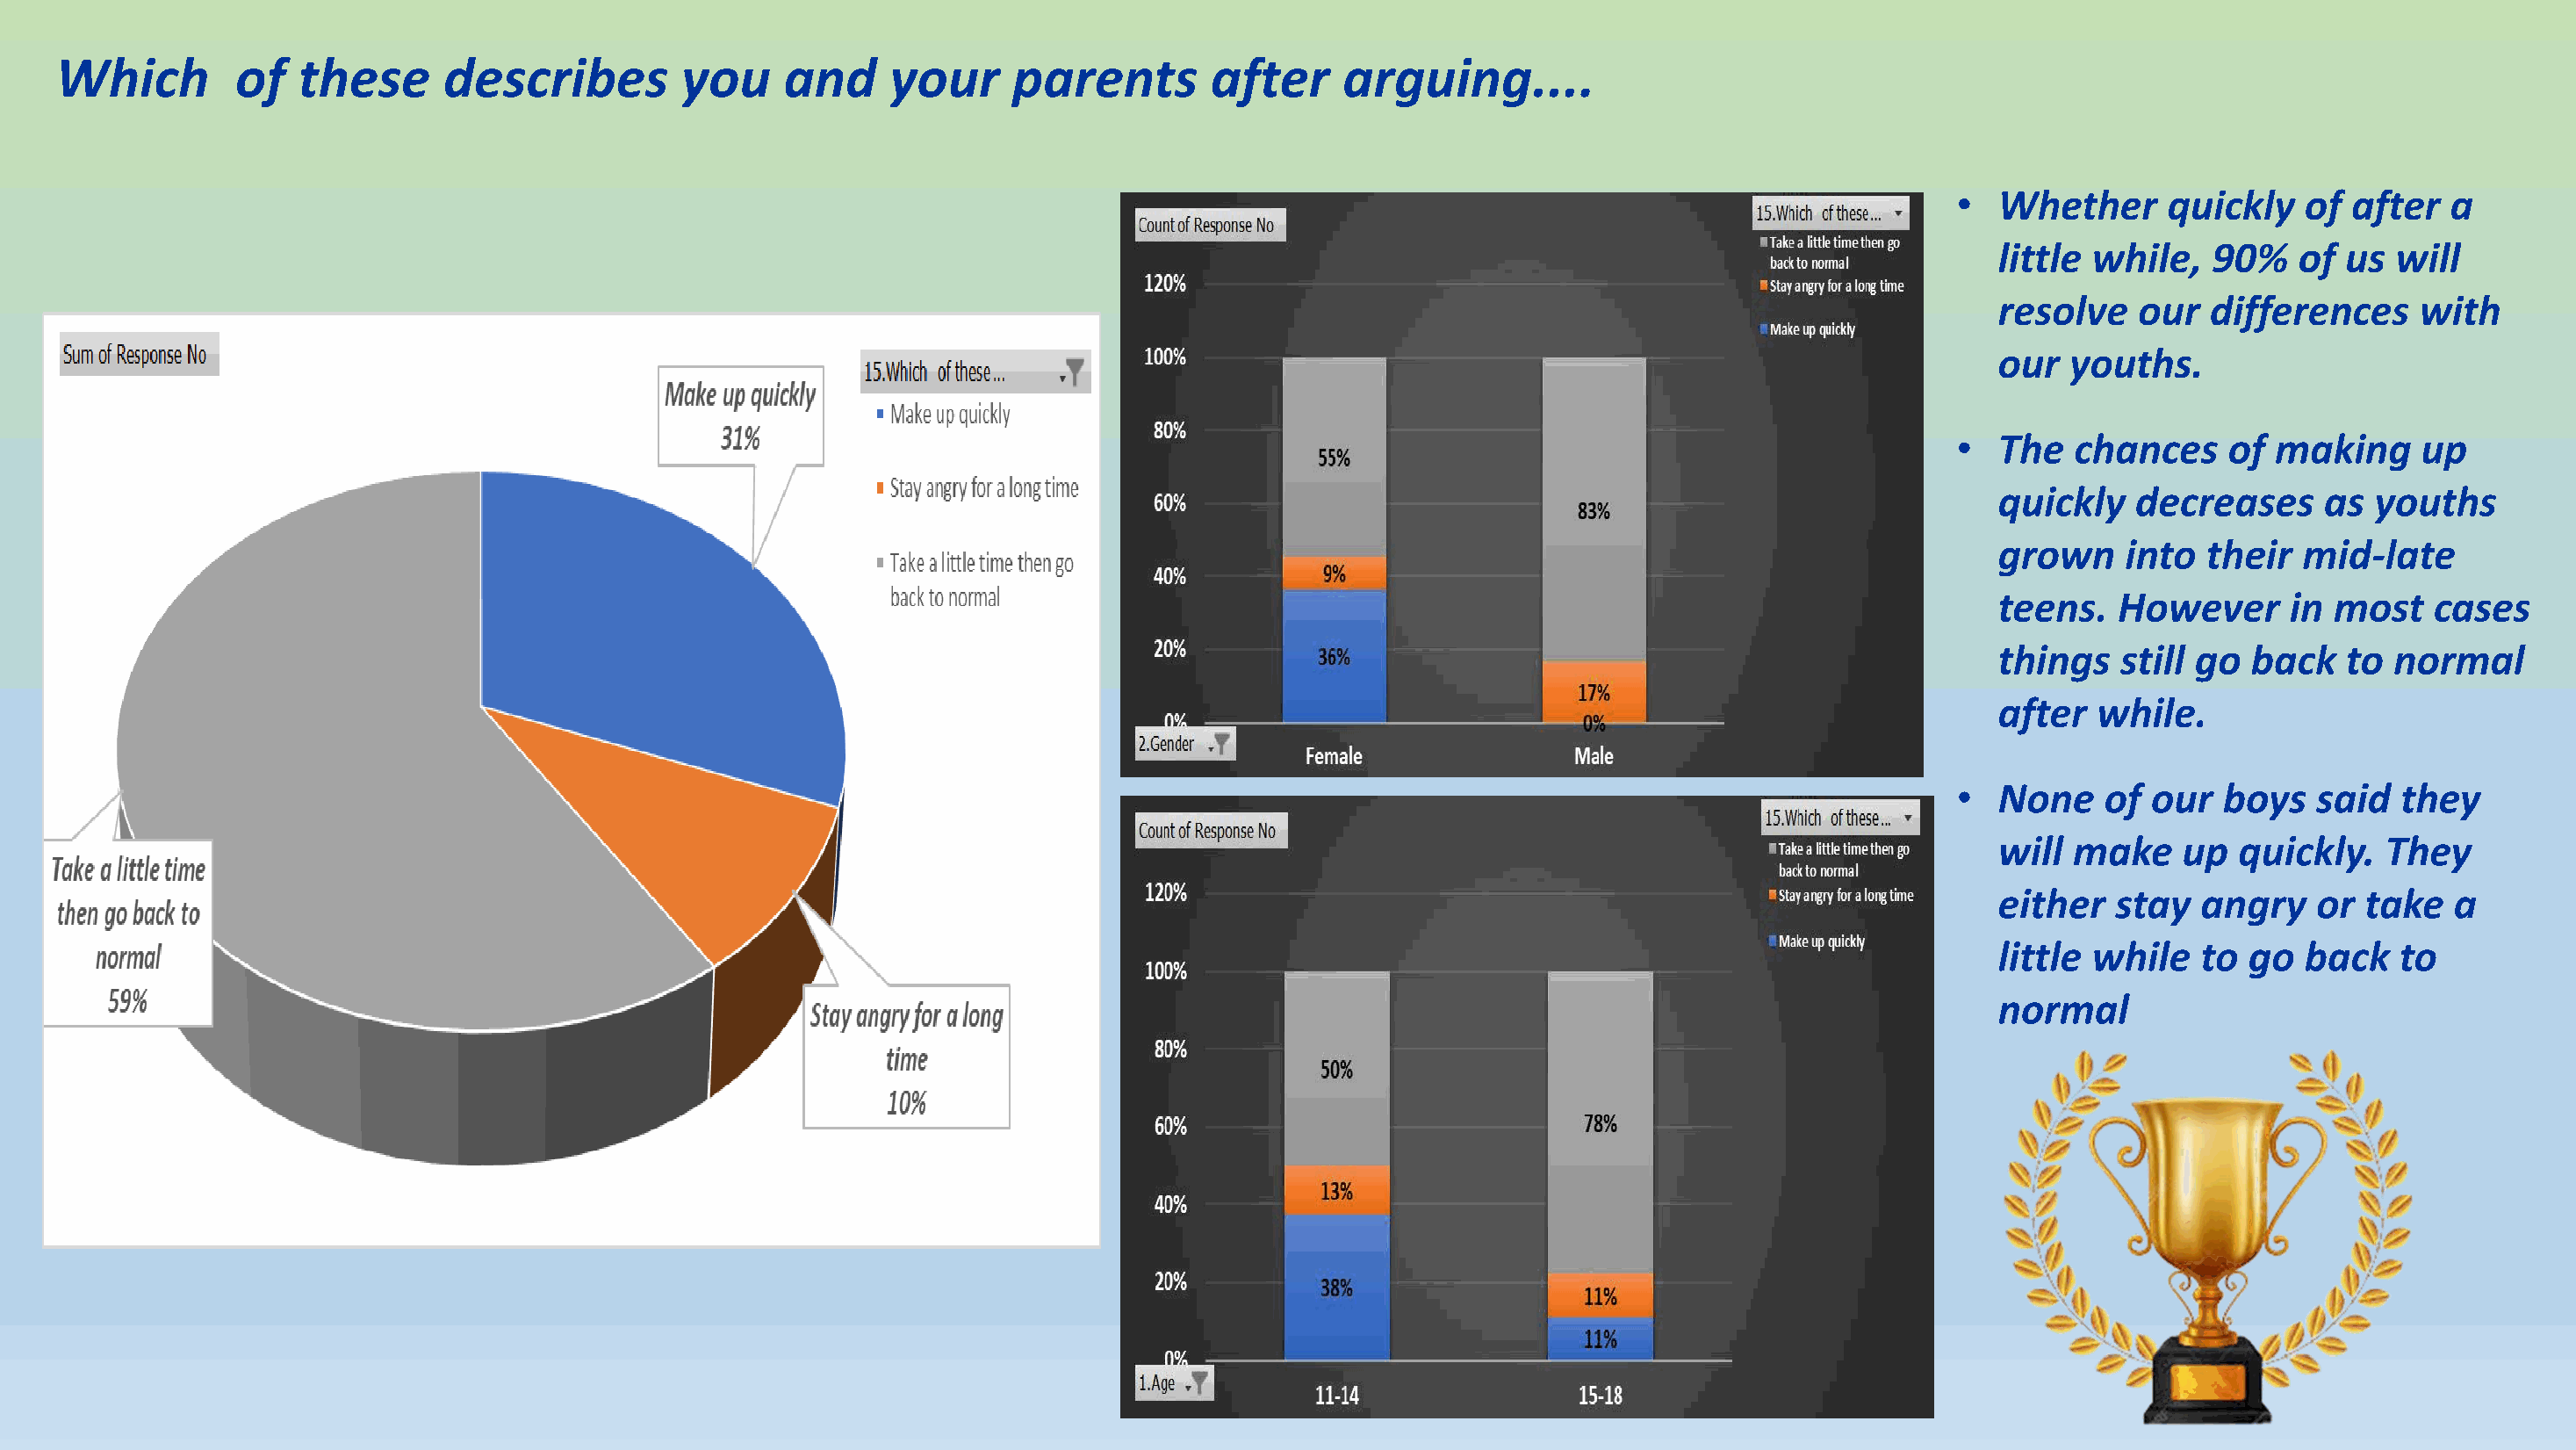
Which         of  these      describes         you     and     your     parents        after     arguing....
 •  Whether     quickly    of after   a
 little while,   90%   of  us  will
 resolve   our   differences    with
 our  youths.
 •  The  chances     of making      up
 quickly   decreases     as  youths
 grown    into  their   mid-late
 teens.   However      in most   cases
 things   still go  back   to normal
 after  while.
 •  None    of our   boys   said  they
 will make     up  quickly.   They
 either  stay   angry    or take   a
 little while   to go   back   to
 normal